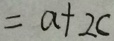
= a + 2 c